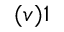
( v ) 1